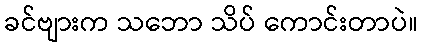
ခင်ဗျားက သဘော သိပ် ကောင်းတာပဲ။